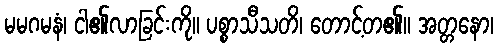
မမဂမနံ၊ ငါ၏လာခြင်းကို။ ပစ္စာသီသတိ၊ တောင့်တ၏။ အတ္တနော၊